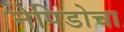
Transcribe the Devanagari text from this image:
नेपिडोचा